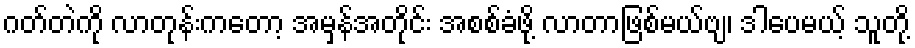
ဂတ်တဲကို လာတုန်းကတော့ အမှန်အတိုင်း အစစ်ခံဖို့ လာတာဖြစ်မယ်ဗျ၊ ဒါပေမယ့် သူတို့